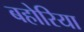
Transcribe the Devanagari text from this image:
बहोरिया